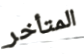
المتأخر